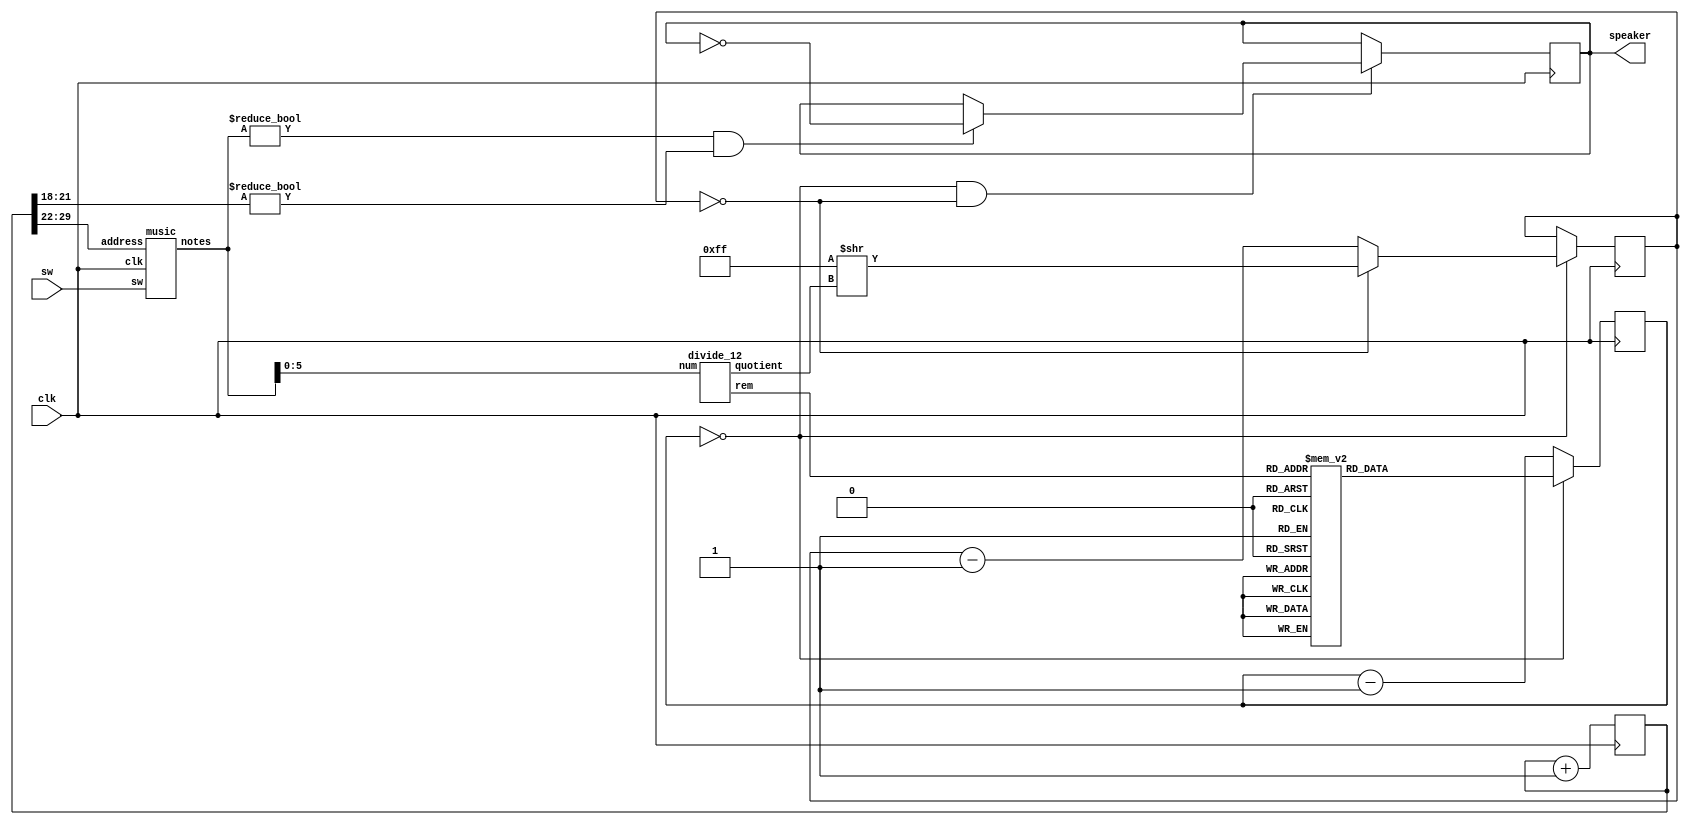

module box(
input clk, 
input sw, 
output reg speaker);

reg [30:0] sound;
always @(posedge clk) 
begin
	sound <= sound+31'd1;
end

wire [7:0] tunes;
music getnotes(.clk(clk), .sw(sw), .address(sound[29:22]), .notes(tunes));

wire [2:0] octave;
wire [3:0] notes;

divide_12 getnotes_octave(.num(tunes[5:0]), .quotient(octave), .rem(notes));

reg [8:0] clkdiv;
always @*
case(notes)
	 0: clkdiv = 9'd511;//A
	 1: clkdiv = 9'd482;// A#/Bb
	 2: clkdiv = 9'd455;//B
	 3: clkdiv = 9'd430;//C
	 4: clkdiv = 9'd405;// C#/Db
	 5: clkdiv = 9'd383;//D
	 6: clkdiv = 9'd361;// D#/Eb
	 7: clkdiv = 9'd341;//E
	 8: clkdiv = 9'd322;//F
	 9: clkdiv = 9'd303;// F#/Gb
	10: clkdiv = 9'd286;//G
	11: clkdiv = 9'd270;// G#/Ab
	default: clkdiv = 9'd0;
endcase

reg [8:0] notes_count;
reg [7:0] octave_counter;



always @(posedge clk)
begin

	
	

	if(notes_count==0)
	begin
		 notes_count <= clkdiv;
		
			if(octave_counter==0)
			begin
		
				octave_counter<=8'd255 >> octave;
			end
			
			else
			begin
				octave_counter <= octave_counter-8'd1;
			end
			
	end
	
	else 
	begin
		notes_count <= notes_count-9'd1;
	end
	
	
	
	if(notes_count==0 && octave_counter==0)
	begin
		if(tunes!=0 && sound[21:18]!=0)
		begin
		speaker <= ~speaker;
		end	
	end
	

end

endmodule



module divide_12(
	input [5:0] num,  // value to be divided by 12
	output reg [2:0] quotient, 
	output [3:0] rem
);

reg [1:0] rem_32;
always @(num[5:2])
begin 
	quotient=(num[5:2])/3;
	rem_32 = (num[5:2])%3;
	
end	
	
assign rem[1:0] = num[1:0];  // the first 2 bits will be copied exactly
assign rem[3:2] = rem_32;  // last 2 bits will come from the case statement
endmodule


module music(input clk, input sw,input [7:0] address,output reg [7:0] notes);

always @(posedge clk)
if (sw== 1'b1)
begin
	// Jingle bells tune
	case(address)
		 
			  
		     0: notes<= 8'd22;
	  		  1: notes<= 8'd22;
			  
			  2: notes<= 8'd22;
			  3: notes<= 8'd22;
			  
			  4: notes<= 8'd22;
			  5: notes<= 8'd22;
			  6: notes<= 8'd22;
			  7: notes<= 8'd22;
			  
			  8: notes<= 8'd00;
			  
			  9: notes<= 8'd22;
			  10: notes<= 8'd22;
			  
			 11: notes<= 8'd22;
			 12: notes<= 8'd22;
			 
			 13: notes<= 8'd22;
			 14: notes<= 8'd22;
			 15: notes<= 8'd22;
			 16: notes<= 8'd22;
			 
			 17: notes<= 8'd00;
			 
			 18: notes<= 8'd22;
		    19: notes<= 8'd22;
			 
			 20: notes<= 8'd25;
			 21: notes<= 8'd25;
			 
			 22: notes<= 8'd18;
			 23: notes<= 8'd18;
			 
			 24: notes<= 8'd20;
			 25: notes<= 8'd00;
		
			 26: notes<= 8'd00;
		
			 27: notes<= 8'd22;
			 28: notes<= 8'd22;
			 29: notes<= 8'd22;
			 30: notes<= 8'd22;
			 31: notes<= 8'd22;
			 32: notes<= 8'd22;
			 33: notes<= 8'd22;
			 34: notes<= 8'd22;
		
			 35: notes<= 8'd00;
			 
			 36: notes<= 8'd23;
			 37: notes<= 8'd23;
			 
			 38: notes<= 8'd23;
			 39: notes<= 8'd23;
			 
			 40: notes<= 8'd23;
			 41: notes<= 8'd23;
			 
			 42: notes<= 8'd23;
			 43: notes<= 8'd00;
			 
			 44: notes<= 8'd00;
		
			 45: notes<= 8'd23;
			 46: notes<= 8'd23;
		
			 47: notes<= 8'd22;	 
			 48: notes<= 8'd22;
			 49: notes<= 8'd22;
			 50: notes<= 8'd22;
			 
			 51: notes<= 8'd22;
			 52: notes<= 8'd22;
			 53: notes<= 8'd22;
		
			 54: notes<= 8'd00;
		
			 55: notes<= 8'd22;
			 56: notes<= 8'd22;
		
			 57: notes<= 8'd20;
			 58: notes<= 8'd20;
		
			 59: notes<= 8'd20;
			 60: notes<= 8'd20;
		
			 61: notes<= 8'd22;
			 62: notes<= 8'd22;
		
			 63: notes<= 8'd00;
		
			 64: notes<= 8'd20;
			 65: notes<= 8'd20;
			 66: notes<= 8'd20;
			 67: notes<= 8'd20;
			 68: notes<= 8'd20;
		
			 69: notes<= 8'd25;
			 70: notes<= 8'd25;
			 71: notes<= 8'd25;
			 72: notes<= 8'd25;
		
			 73: notes<= 8'd00;
		
			 74: notes<= 8'd22;
			 75: notes<= 8'd22;
		
			 76: notes<= 8'd22;
			 77: notes<= 8'd22;
		
			 78: notes<= 8'd22;
			 79: notes<= 8'd22;
			 80: notes<= 8'd22;
			 81: notes<= 8'd22;
		
			 82: notes<= 8'd00;
		
			 83: notes<= 8'd22;
			 84: notes<= 8'd22;
		
			 85: notes<= 8'd22;
			 86: notes<= 8'd22;
		
			 87: notes<= 8'd22;
			 88: notes<= 8'd22;
		
			 89: notes<= 8'd22;
			 90: notes<= 8'd22;
			 91: notes<= 8'd22;
			 92: notes<= 8'd22;
		
			 93: notes<= 8'd00;
		
			 94: notes<= 8'd22;
			 95: notes<= 8'd22;
		
			 96: notes<= 8'd25;
			 97: notes<= 8'd25;
		
			 98: notes<= 8'd18;
			 99: notes<= 8'd18;
		
			100: notes<= 8'd20;
		
			101: notes<= 8'd00;
			102: notes<= 8'd00;
		
			103: notes<= 8'd22;
			104: notes<= 8'd22;
			105: notes<= 8'd22;
			106: notes<= 8'd22;
			107: notes<= 8'd22;
			108: notes<= 8'd22;
			109: notes<= 8'd22;
			110: notes<= 8'd22;
		
			111: notes<= 8'd00;
		
			112: notes<= 8'd23;
			113: notes<= 8'd23;
			114: notes<= 8'd23;
			115: notes<= 8'd23;
			116: notes<= 8'd23;
			117: notes<= 8'd23;
			118: notes<= 8'd23;
			119: notes<= 8'd23;
		
			120: notes<= 8'd00;
		
			121: notes<= 8'd23;
			122: notes<= 8'd23;
		
			123: notes<= 8'd22;
			124: notes<= 8'd22;
			125: notes<= 8'd22;
			126: notes<= 8'd22;
			127: notes<= 8'd22;
			128: notes<= 8'd22;
			129: notes<= 8'd22;
		
			130: notes<= 8'd00;
		
			131: notes<= 8'd25;
			132: notes<= 8'd25;
			133: notes<= 8'd25;
			134: notes<= 8'd25;
		
			135: notes<= 8'd23;
			136: notes<= 8'd23;
		
			137: notes<= 8'd20;
			138: notes<= 8'd20;
		
			139: notes<= 8'd00;
		
			140: notes<= 8'd18;
			141: notes<= 8'd18;
			142: notes<= 8'd18;
			143: notes<= 8'd18;
			144: notes<= 8'd18;
			145: notes<= 8'd18;
			146: notes<= 8'd18;
			147: notes<= 8'd18;
			148: notes<= 8'd00;	
			default: notes <= 8'd0;

	endcase
	end
	
	
	else
	begin
		case(address)
		  0: notes<= 8'd18;
		  1: notes<= 8'd18;
		  
		  2: notes<= 8'd18;
		  3: notes<= 8'd18;
		  
		  4: notes<= 8'd25;
		  5: notes<= 8'd25;
		  
		  6: notes<= 8'd25;
		  7: notes<= 8'd25;
		  
		  8: notes<= 8'd00;
		  
		  9: notes<= 8'd27;
		  10: notes<= 8'd27;
		  
		 11: notes<= 8'd27;
		 12: notes<= 8'd27;
		 
		 13: notes<= 8'd25;
		 14: notes<= 8'd25;
		 15: notes<= 8'd25;
		 16: notes<= 8'd25;
		 
		 17: notes<= 8'd00;
		 
		 18: notes<= 8'd23;
		 19: notes<= 8'd23;
		 
		 20: notes<= 8'd23;
		 21: notes<= 8'd23;
		 
		 22: notes<= 8'd22;
		 23: notes<= 8'd22;
		 
		 24: notes<= 8'd22;
		 25: notes<= 8'd22;


		 26: notes<= 8'd00;

		 27: notes<= 8'd20;
		 28: notes<= 8'd20;
		 
		 29: notes<= 8'd20;
		 30: notes<= 8'd20;
		 
		 31: notes<= 8'd18;
		 32: notes<= 8'd18;
		 33: notes<= 8'd18;
		 34: notes<= 8'd18;

		 35: notes<= 8'd00;
		 
		 36: notes<= 8'd25;
		 37: notes<= 8'd25;
		 
		 38: notes<= 8'd25;
		 39: notes<= 8'd25;
		 
		 40: notes<= 8'd23;
		 41: notes<= 8'd23;
		 
		 42: notes<= 8'd23;
		 43: notes<= 8'd23;
		 
		 44: notes<= 8'd00;

		 45: notes<= 8'd22;
		 46: notes<= 8'd22;

		 47: notes<= 8'd22;	 
		 48: notes<= 8'd22;
		 
		 49: notes<= 8'd20;
		 50: notes<= 8'd20;
		 51: notes<= 8'd20;
		 52: notes<= 8'd20;
		 
		 53: notes<= 8'd00;

		 54: notes<= 8'd25;
		 55: notes<= 8'd25;
		 
		 56: notes<= 8'd25;
		 57: notes<= 8'd25;
		 
		 58: notes<= 8'd23;
		 59: notes<= 8'd23;
		 
		 60: notes<= 8'd23;
		 61: notes<= 8'd23;
		 
		 62: notes<= 8'd00;
		

		 63: notes<= 8'd22;
		 64: notes<= 8'd22;
		 
		 65: notes<= 8'd22;
		 66: notes<= 8'd22;
		 
		 67: notes<= 8'd20;
		 68: notes<= 8'd20;
		 69: notes<= 8'd20;
		 70: notes<= 8'd20;
		 
		 71: notes<= 8'd00;
		 
		 72: notes<= 8'd18;
		 73: notes<= 8'd18;
		 
		 74: notes<= 8'd18;
		 75: notes<= 8'd18;

		 76: notes<= 8'd25;
		 77: notes<= 8'd25;

		 78: notes<= 8'd25;
		 79: notes<= 8'd25;
		 
		 80: notes<= 8'd00;
		 
		 81: notes<= 8'd27;
		 82: notes<= 8'd27;

		 83: notes<= 8'd27;
		 84: notes<= 8'd27;

		 85: notes<= 8'd25;
		 86: notes<= 8'd25;
		 87: notes<= 8'd25;
		 88: notes<= 8'd25;

		 89: notes<= 8'd00;
		 
		 90: notes<= 8'd23;
		 91: notes<= 8'd23;
		 
		 92: notes<= 8'd23;
		 93: notes<= 8'd23;

		 94: notes<= 8'd22;
		 95: notes<= 8'd22;
		
		 96: notes<= 8'd22;
		 97: notes<= 8'd22;
		 

		 98: notes<= 8'd00;
		 
		 99: notes<= 8'd20;
		100: notes<= 8'd20;
		
		101: notes<= 8'd20;
		102: notes<= 8'd20;
		
		103: notes<= 8'd18;
		104: notes<= 8'd18;
		105: notes<= 8'd18;
		106: notes<= 8'd18;
	
		107: notes<= 8'd00;
		
		default: notes <= 8'd0; 
			endcase
	
	end
endmodule